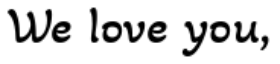
We love you,